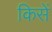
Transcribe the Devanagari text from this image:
किसें